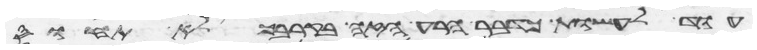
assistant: עוד לעשות כדבר הרע הזה בקרבך לא תחוס